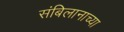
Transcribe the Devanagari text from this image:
संबिलानाच्या